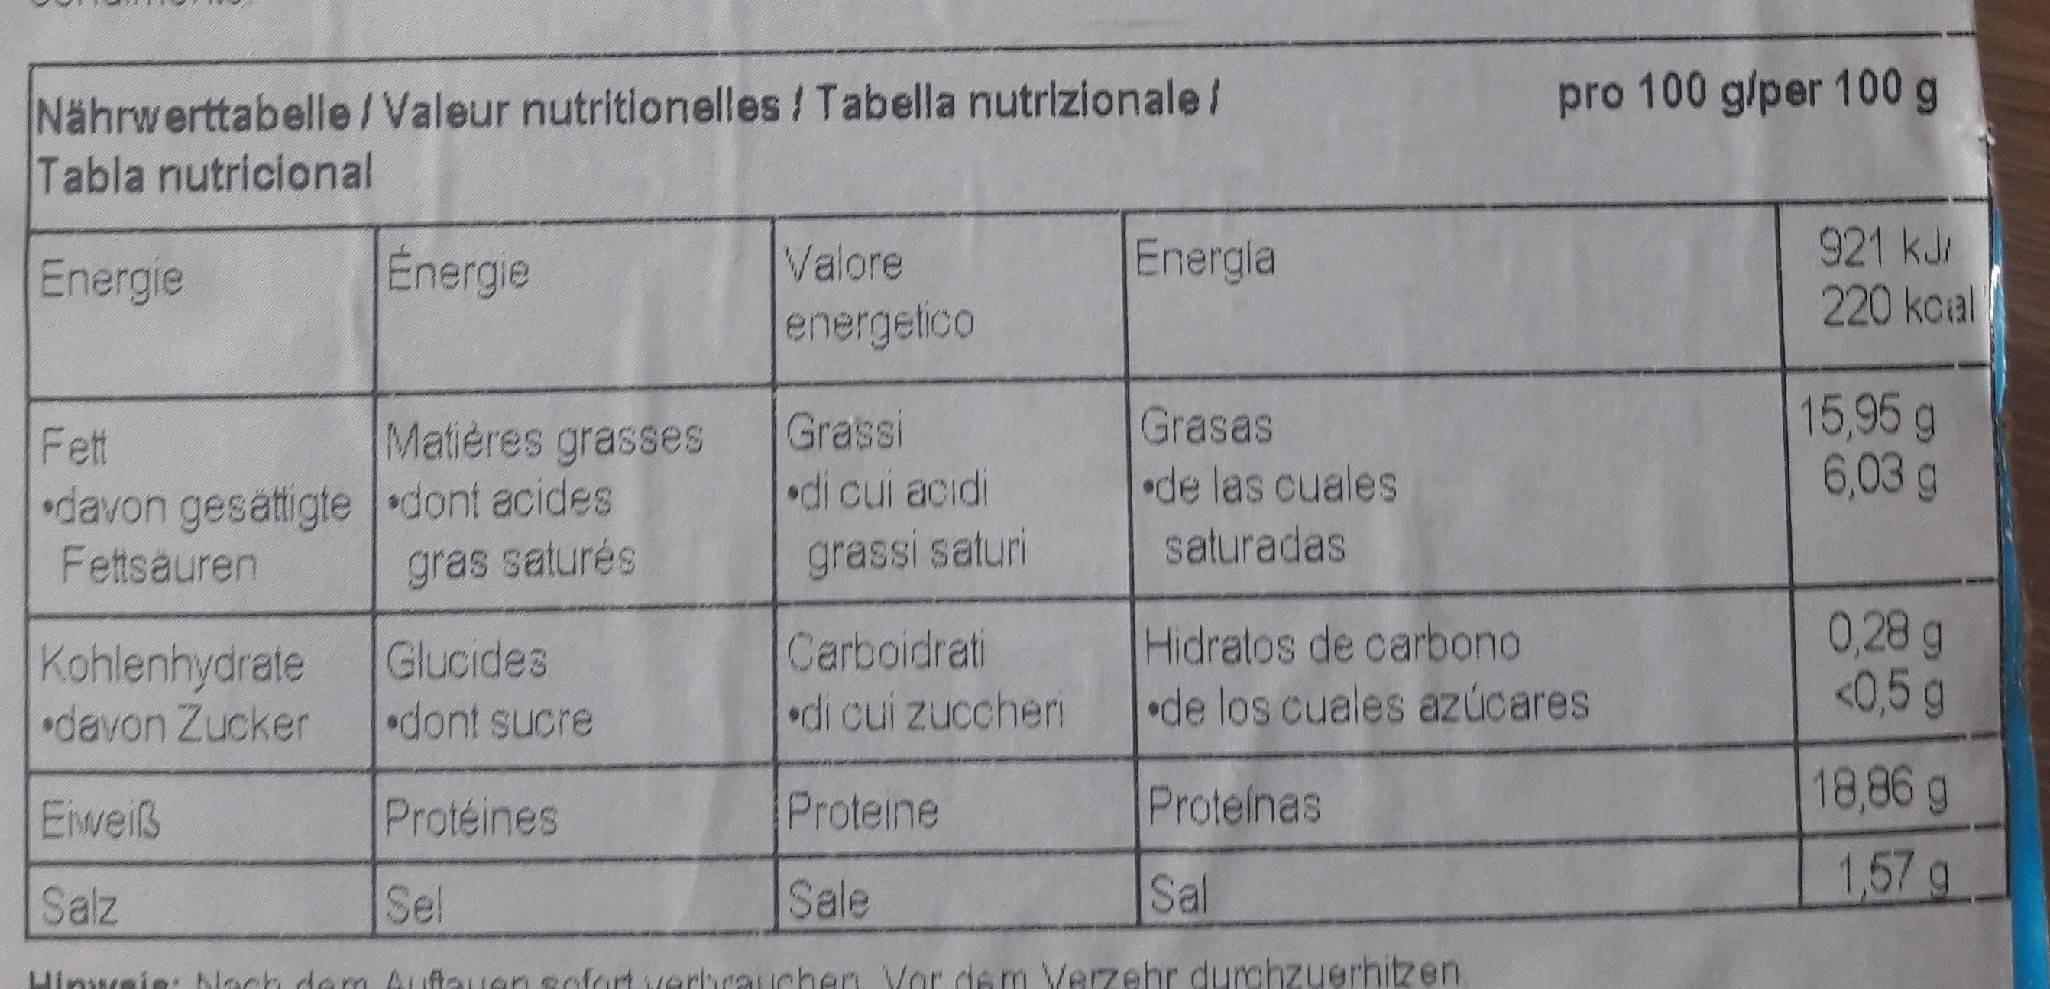
Nährwerttabelle/Valeur nutritionelles Tabella nutrizionalel Tabla nutricional
pro 100 g/per 100 g
Energla
921 kJ/ 220 kcal
Energie
Energie
Valore
energetico
15,95 g 6,03 g
Grassi
Grasas
Matières grasses davon gesattigte dont acides gras saturés
Fett
di cui acidi grassi saturi
•de las cuales saturadas
Fettsauren
Carboidrati di cui zuccheri
Hidratos de carbono •de los cuales azúcares
0,28 g <0,5 g
Glucides
Kohlenhydrate •davon Zucker
dont sucre
Eweiß
Protéines
Proteine
Protelnas
18,86 g
1,57 g
Salz
Sel
Sale
Sal
Hinuain: blach dem Auftauen sofort verbrauchen Vor dem Verzehr durchzuerhizen.